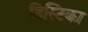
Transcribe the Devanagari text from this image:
डिस्टिका